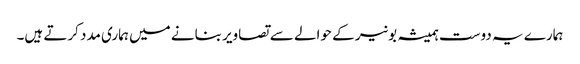
ہمارے یہ دوست ہمیشہ بونیر کے حوالے سے تصاویر بنانے میں ہماری مدد کرتے ہیں۔